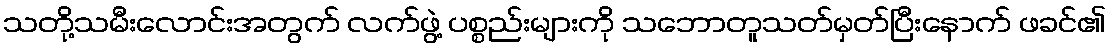
သတို့သမီးလောင်းအတွက် လက်ဖွဲ့ ပစ္စည်းများကို သဘောတူသတ်မှတ်ပြီးနောက် ဖခင်၏